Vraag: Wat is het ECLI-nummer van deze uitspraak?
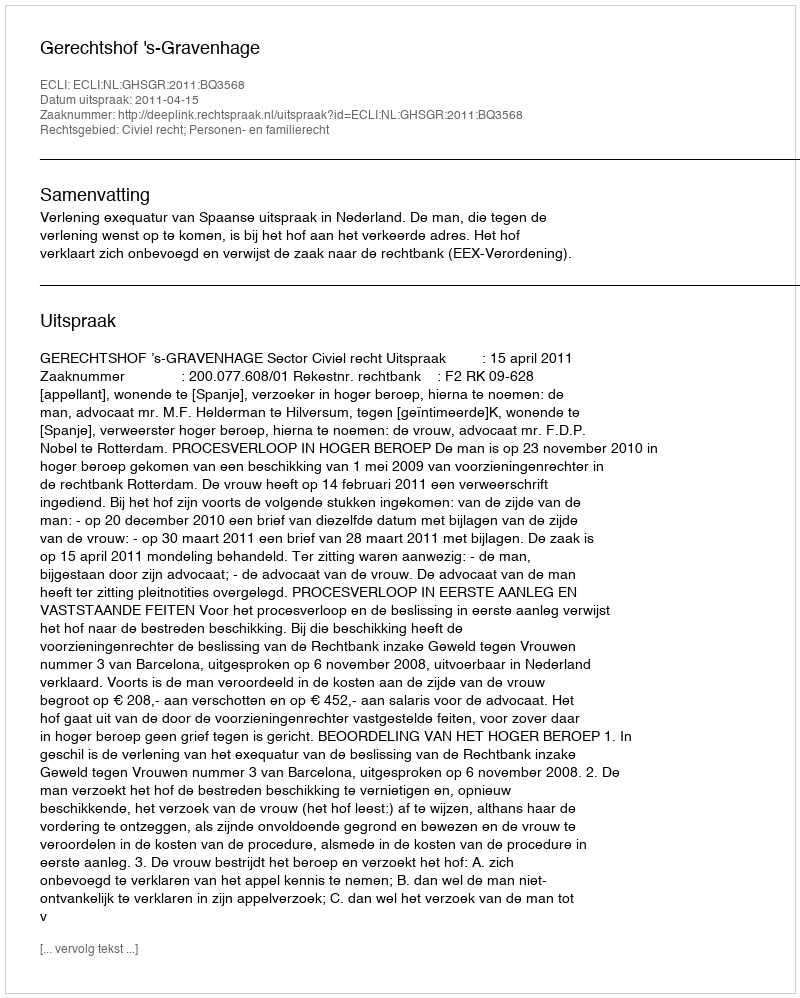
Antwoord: ECLI:NL:GHSGR:2011:BQ3568